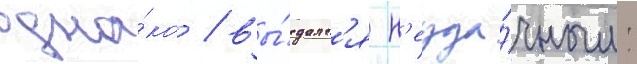
одна́ко / вы́далс'я н'еуда́чным: